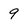
Character: 9